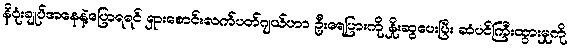
နိဂုံးချုပ်အနေနဲ့ပြောရရင် ရှားစောင်းလက်ပတ်ဂျယ်ဟာ ဦးရေပြားကို နှိုးဆွပေးပြီး ဆံပင်ကြီးထွားမှုကို